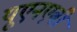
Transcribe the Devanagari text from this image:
यूएनएबी